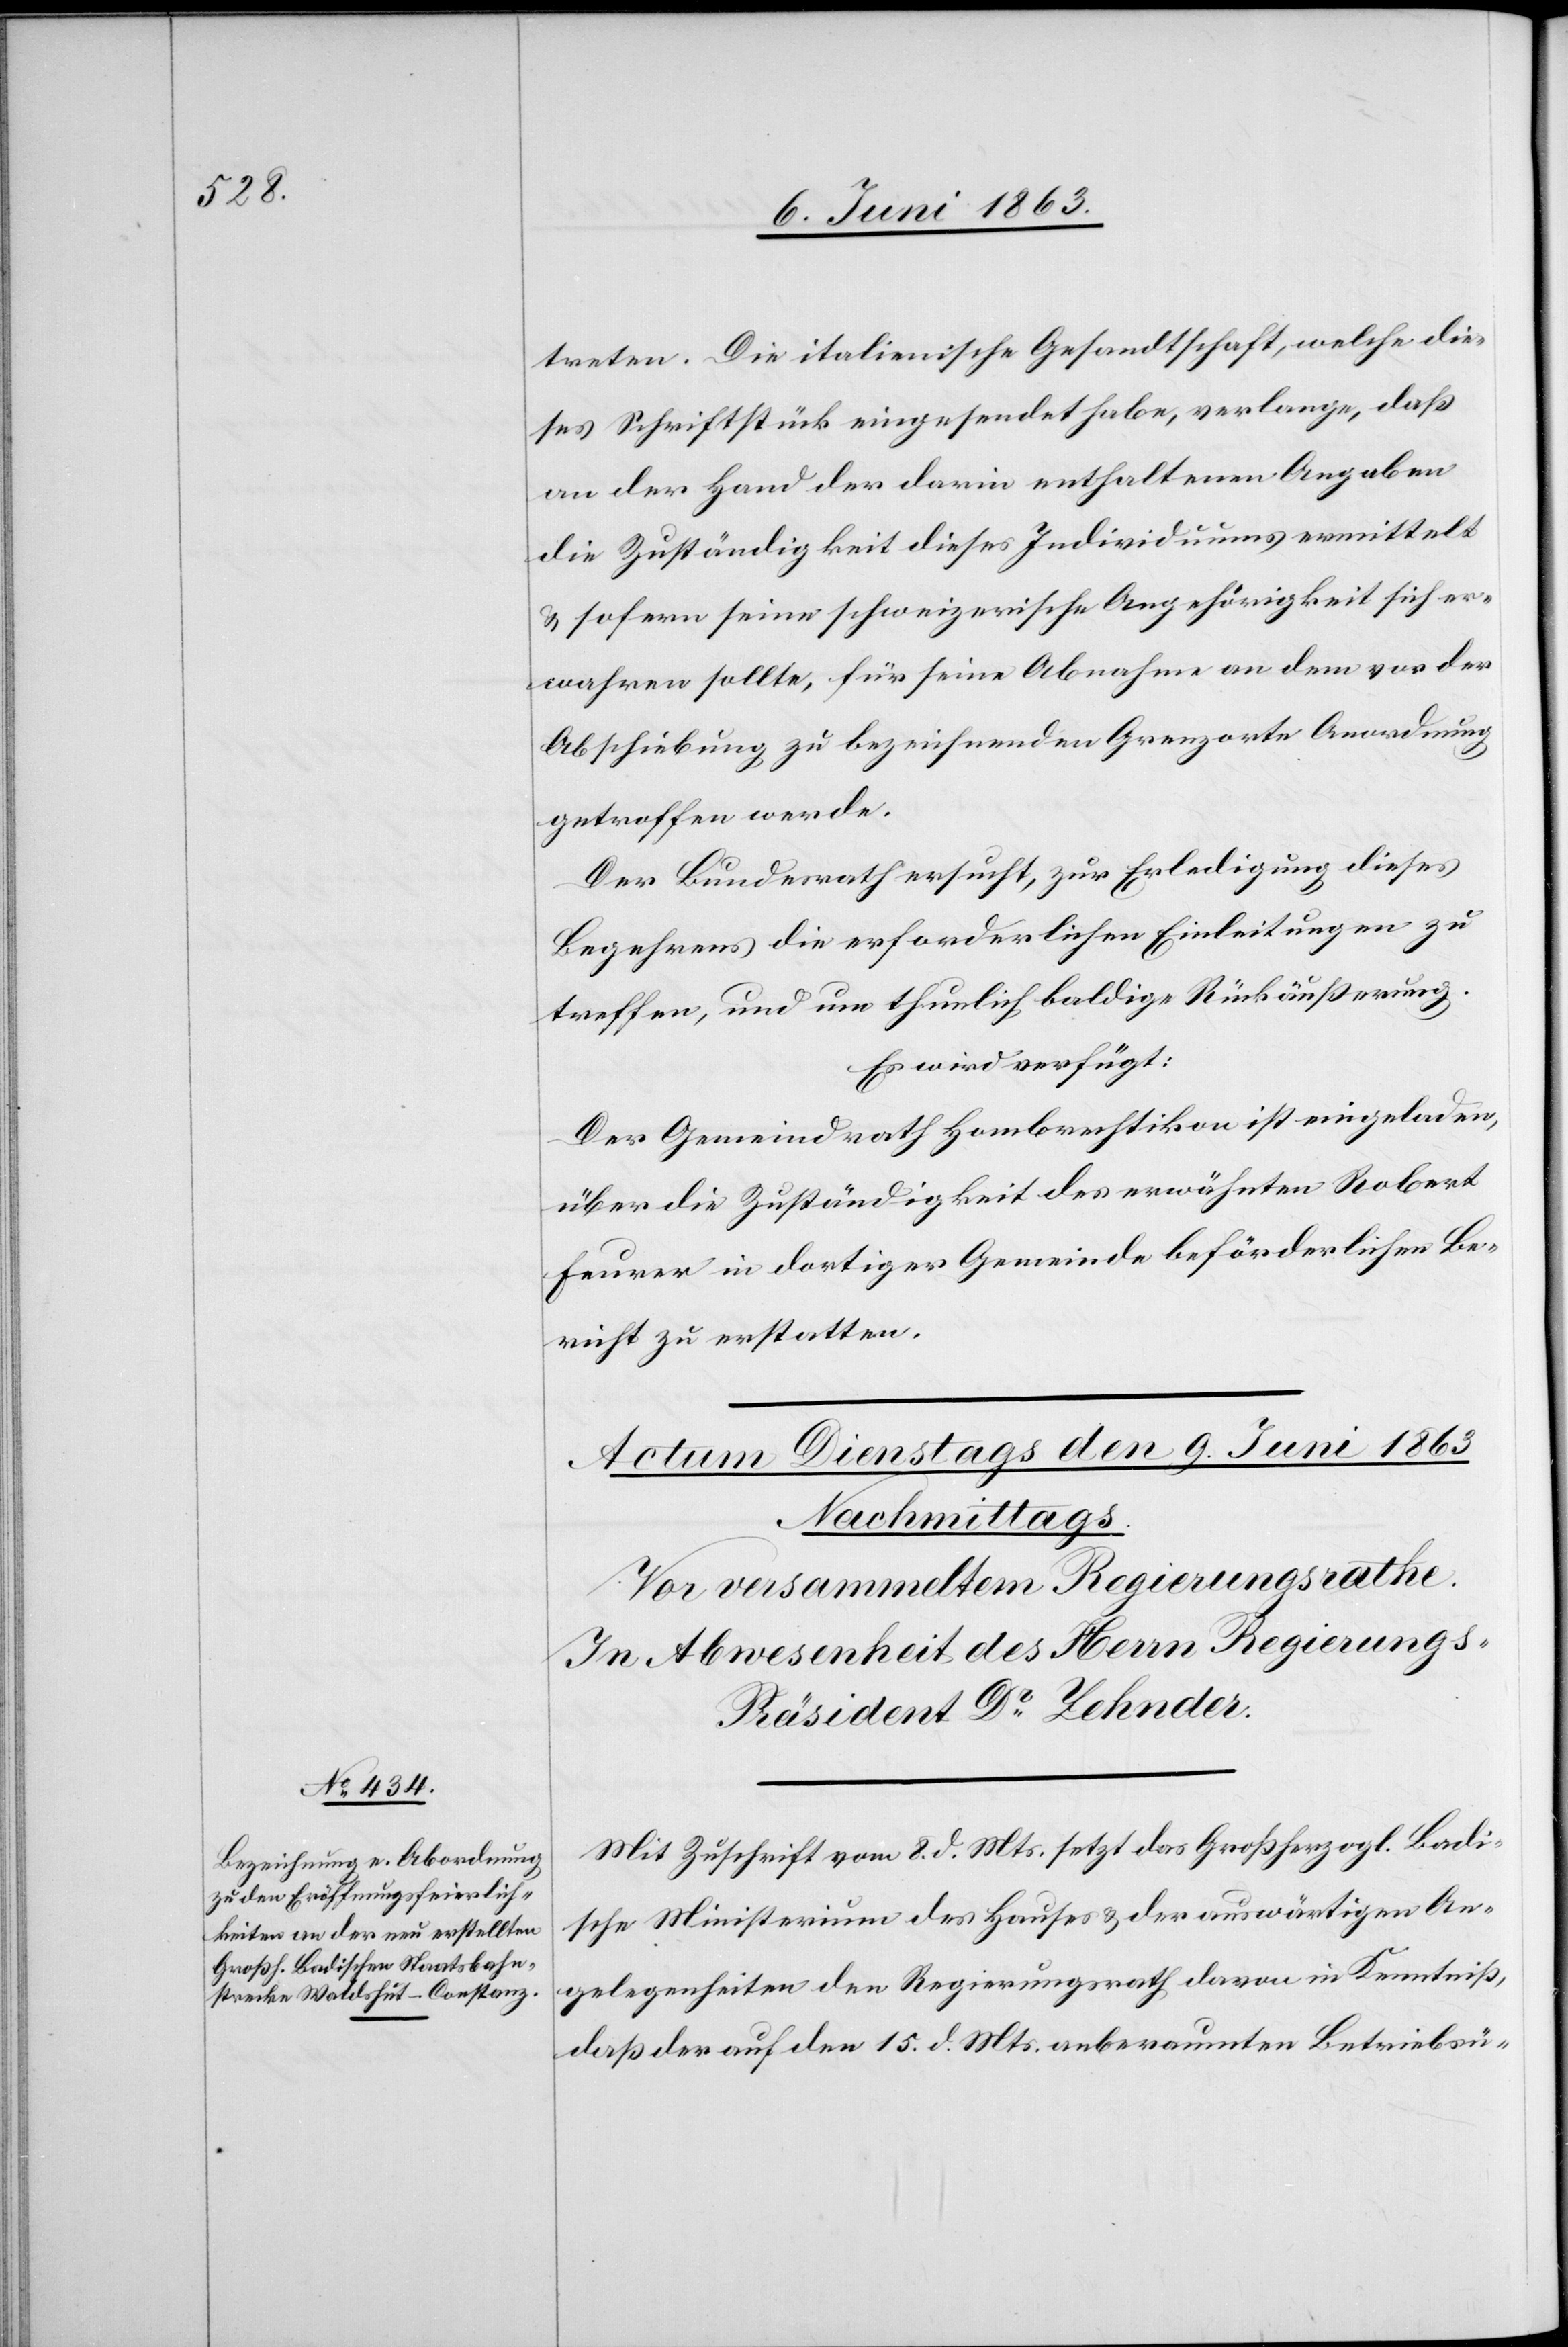
treten. Die italienische Gesandtschaft, welche die¬
ses Schriftstück eingesendet habe, verlange, daß
an der Hand der darin enthaltenen Angaben
die Zuständigkeit dieses Individuums ermittelt
& sofern seine schweizerische Angehörigkeit sich er¬
wahren sollte, für seine Abnahme an dem vor der
Abschiebung zu bezeichnenden Grenzorte Anordnung
getroffen werde.
Der Bundesrath ersucht, zur Erledigung dieses
Begehrens die erforderlichen Einleitungen zu
treffen, und um thunlich baldige Rückäußerung.
Es wird verfügt:
Der Gemeindrath Hombrechtikon ist eingeladen,
über die Zuständigkeit des erwähnten Robert
Feurer in dortiger Gemeinde beförderlichen Be¬
richt zu erstatten.
Mit Zuschrift vom 8. d. Mts. setzt das Großherzogl. Badi¬
sche Ministerium des Hauses & der auswärtigen An¬
gelegenheiten den Regierungsrath davon in Kenntniß,
daß der auf den 15. d. Mts. anberaumten Betriebsü-